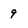
Character: 9